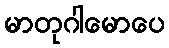
မာတုဂါမောပေ